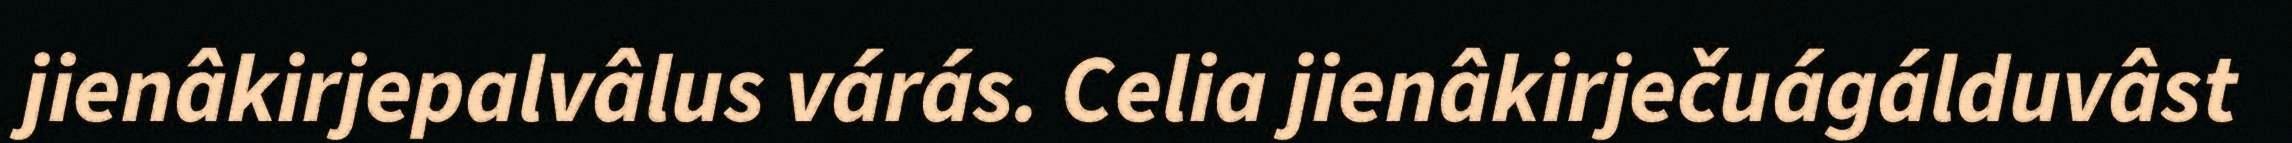
jienâkirjepalvâlus várás. Celia jienâkirječuágálduvâst